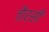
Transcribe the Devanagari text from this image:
तौरसी